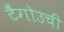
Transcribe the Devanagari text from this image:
टैंगोउची